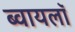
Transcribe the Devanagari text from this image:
ब्वायलॉ